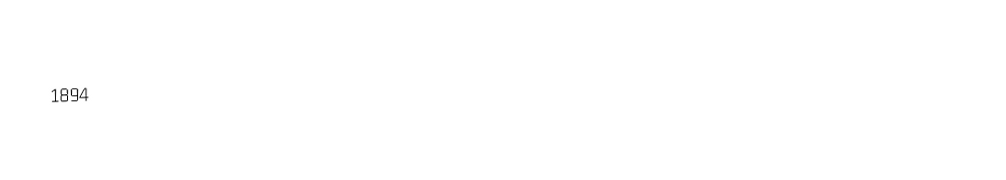
1894